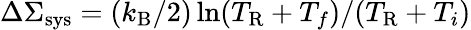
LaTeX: \Delta\Sigma_{\mathrm{sys}}=(k_{\mathrm{B}}/2)\ln(T_{\mathrm{R}}+T_{f})/(T_{\mathrm{R}}+T_{i})